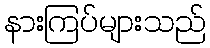
နားကြပ်များသည်